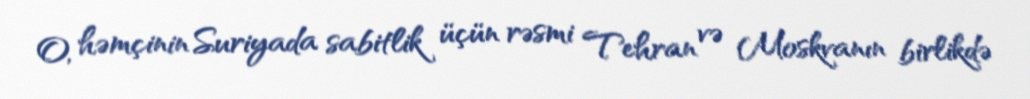
O, həmçinin Suriyada sabitlik üçün rəsmi Tehran və Moskvanın birlikdə